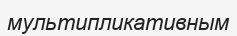
мультипликативным